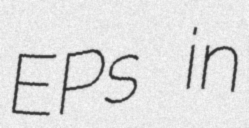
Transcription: EPs in